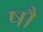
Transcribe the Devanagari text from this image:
षौ